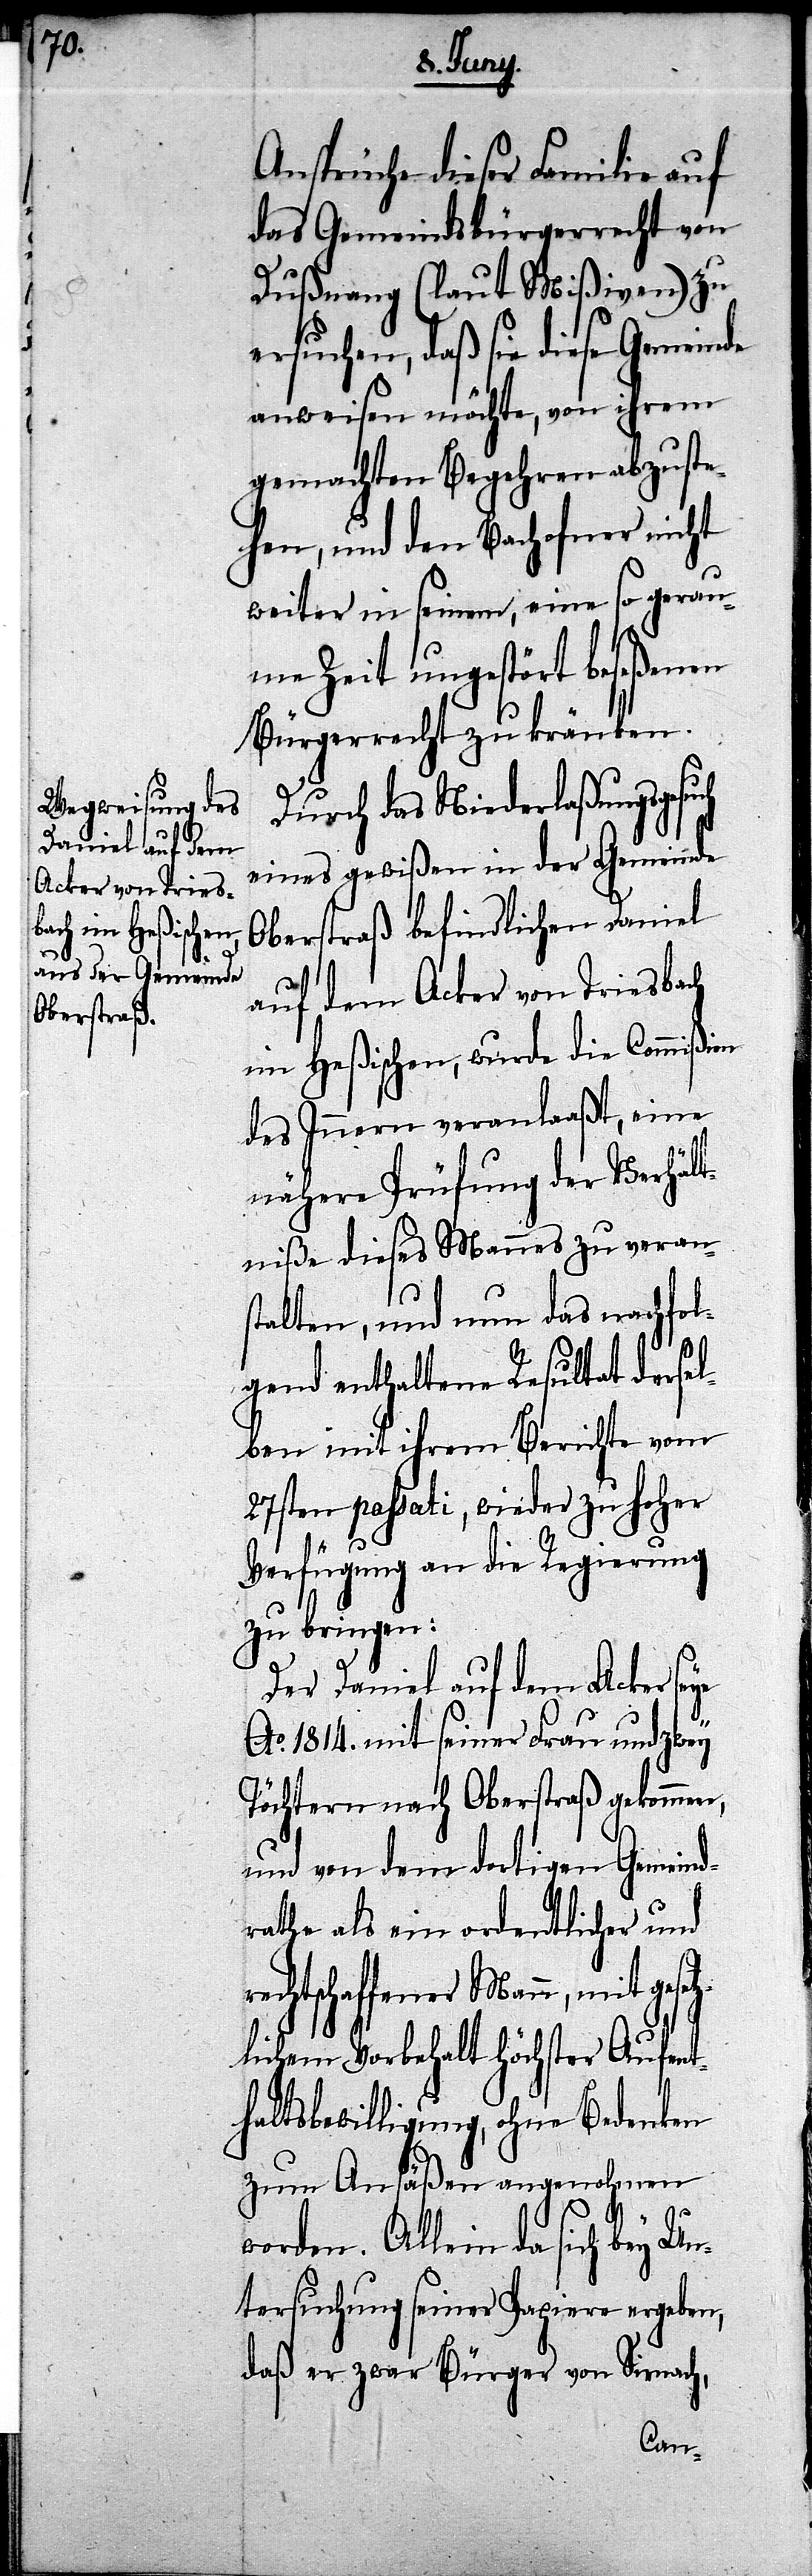
t¬

Anspruche dieser Familie auf
das Gemeindsbürgerrecht von
Dußung (laut Mißiven) zu
ersuchen, daß sie diese Gemeinde
anweisen möchte, von ihrem
gemachten Begehren abzuste¬
hen, und den Bachofner nicht
weiter in seinem, eine so gerau¬
me Zeit ungestört beseßenen
Bürgerrecht zu kränken.
Durch das Niederlaßungsgesuch
eines gewißen in der Gemeinde
Oberstraß befindlichen Daniel
auf dem Acker von Friesbach
im Heßischen, wurde die Commißion
des Innern veranlaaßt, eine
nähere Prüfung der Verhält¬
niße dieses Mannes zu verans¬
talten, und um das nachfol¬
gend enthaltene Resultat dersel¬
ben mit ihrem Berichte vom
27sten passati, wieder zu hoher
Verfügung an die Regierung
zu bringen:
Der Daniel auf dem Acker seye
Ao. 1814. mit seiner Frau und zwey
Töchtern nach Oberstraß gekommen,
und von dem dortigen Gemeind¬
rathe als ein ordentlicher und
echtschaffener Mann, mit gese¬
zlichem Vorbehalt Höchster Aufen¬
thaltsbewilligung, ohne Bedenken
zum Ansäßen angenohmen
worden. Allein da sich bey U¬
ntersuchung seiner Papiere ergeben,
daß er zwar Bürger von Sirnach,